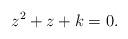
LaTeX: \begin{align*}z^2+z+k=0.\end{align*}